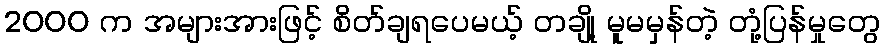
2000 က အများအားဖြင့် စိတ်ချရပေမယ့် တချို့ မူမမှန်တဲ့ တုံ့ပြန်မှုတွေ